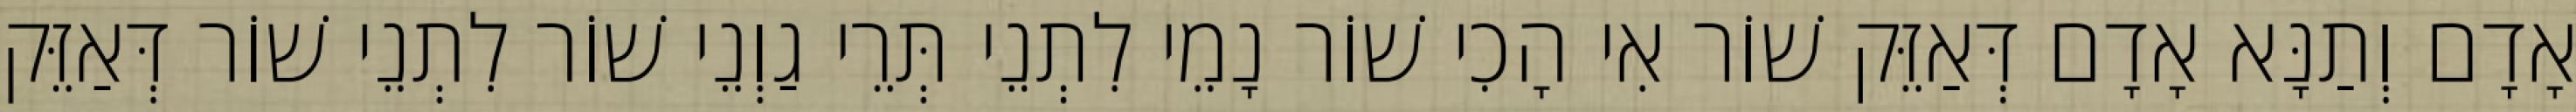
אָדָם וְתַנָּא אָדָם דְּאַזֵּק שׁוֹר אִי הָכִי שׁוֹר נָמֵי לִתְנֵי תְּרֵי גַוְנֵי שׁוֹר לִתְנֵי שׁוֹר דְּאַזֵּק